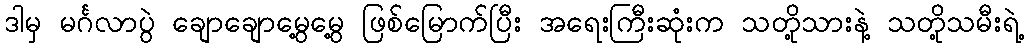
ဒါမှ မင်္ဂလာပွဲ ချောချောမွေ့မွေ့ ဖြစ်မြောက်ပြီး အရေးကြီးဆုံးက သတို့သားနဲ့ သတို့သမီးရဲ့